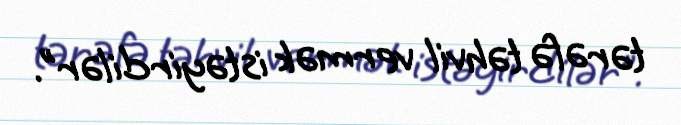
tərəfə təhvil vermək istəyirdilər”.